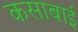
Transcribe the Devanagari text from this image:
कसाबाई